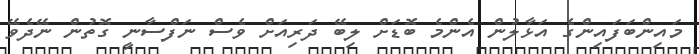
މައިންބަފައިންގެ އަޅާލުން އެންމެ ބޮޑަށް ލިބޭ ދަރިއަށް ވެސް ނަފްސާނީ ގޮތުން ނޭދެވޭ